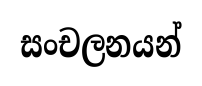
සංචලනයන්